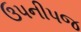
ઉપનીપજ